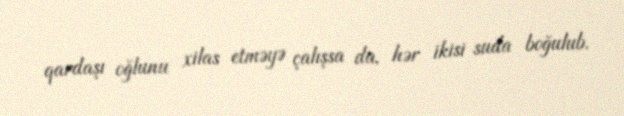
qardaşı oğlunu xilas etməyə çalışsa da, hər ikisi suda boğulub.